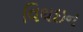
વિથઇન